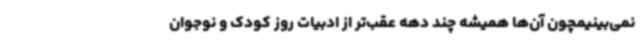
نمی‌بینیمچون آن‌ها همیشه چند دهه عقب‌تر از ادبیات روز کودک و نوجوان